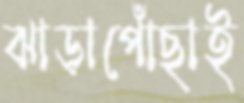
ঝাড়াপোঁছাই